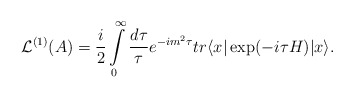
\begin{align*}{\cal L}^{(1)}(A)=\frac{i}{2} \int \limits^{\infty }_{0} \frac{d\tau}{\tau} e^{-im^2\tau} tr \langle x| \exp(-i\tau H) |x\rangle.\end{align*}